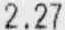
2.27